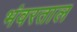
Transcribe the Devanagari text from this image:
भंवरताल